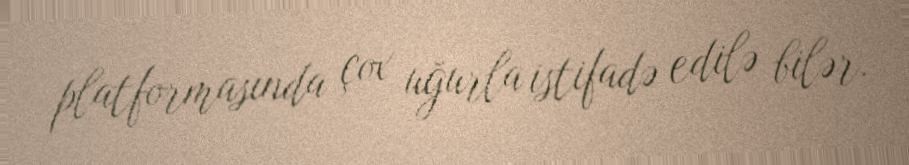
platformasında çox uğurla istifadə edilə bilər.